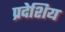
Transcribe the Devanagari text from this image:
प्रदेशिय